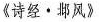
《诗经·邶风》